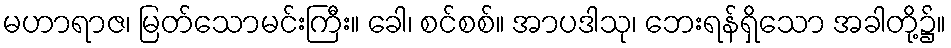
မဟာရာဇ၊ မြတ်သောမင်းကြီး။ ခေါ၊ စင်စစ်။ အာပဒါသု၊ ဘေးရန်ရှိသော အခါတို့၌။